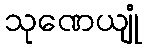
သုဏေယျုံ